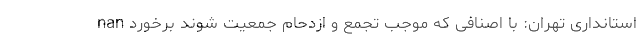
nan استانداری تهران: با اصنافی که موجب تجمع و ازدحام جمعیت شوند برخورد